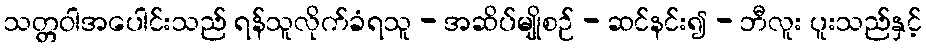
သတ္တဝါအပေါင်းသည် ရန်သူလိုက်ခံရသူ - အဆိပ်မျိုစဉ် - ဆင်နင်း၍ - ဘီလူး ပူးသည်နှင့်